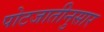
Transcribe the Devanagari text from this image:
पोटजातीनुसार